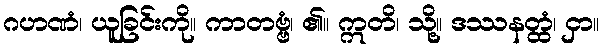
ဂဟဏံ၊ ယူခြင်းကို။ ကာတဗ္ဗံ၊ ၏။ ဣတိ၊ သို့။ ဒဿနတ္ထံ၊ ငှာ။